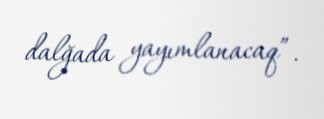
dalğada yayımlanacaq”.